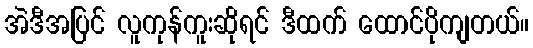
အဲဒီအပြင် လူကုန်ကူးဆိုရင် ဒီထက် ထောင်ပိုကျတယ်။